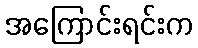
အကြောင်းရင်းက